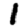
Digit: 1